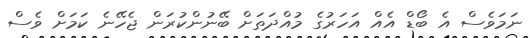
ނަމަވެސް އެ ބޯޑް އެއް އަހަރުގެ މުއްދަތަށް ބޭނުންކުރަން ޖެހޭނެ ކަމަށް ވެސް